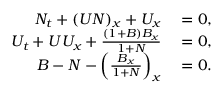
\begin{array} { r l } { N _ { t } + ( U N ) _ { x } + U _ { x } } & { { } = 0 , } \\ { U _ { t } + U U _ { x } + \frac { ( 1 + B ) B _ { x } } { 1 + N } } & { { } = 0 , } \\ { B - N - \left( \frac { B _ { x } } { 1 + N } \right) _ { x } } & { { } = 0 . } \end{array}